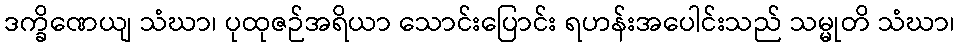
ဒက္ခိဏေယျ သံဃာ၊ ပုထုဇဉ်အရိယာ သောင်းပြောင်း ရဟန်းအပေါင်းသည် သမ္မုတိ သံဃာ၊